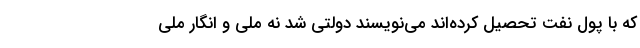
که با پول نفت تحصیل کرده‌اند می‌نویسند دولتی شد نه ملی و انگار ملی